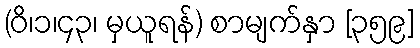
(ဝိ၊၁၊၄၃၊ မှယူရန်) စာမျက်နှာ [၃၅၉]